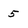
Character: 5